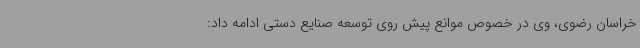
خراسان رضوی، وی در خصوص موانع پیش روی توسعه صنایع دستی ادامه داد: